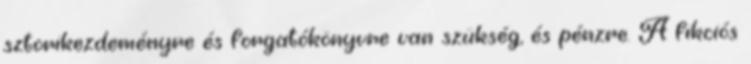
sztorikezdeményre és forgatókönyvre van szükség, és pénzre. A fikciós